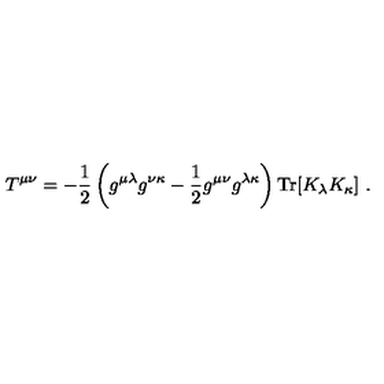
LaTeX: T ^ { \mu \nu } = - { \frac { 1 } { 2 } } \left( g ^ { \mu \lambda } g ^ { \nu \kappa } - { \frac { 1 } { 2 } } g ^ { \mu \nu } g ^ { \lambda \kappa } \right) \mathrm { T r } [ K _ { \lambda } K _ { \kappa } ] \ .